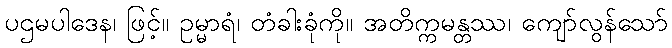
ပဌမပါဒေန၊ ဖြင့်။ ဥမ္မာရံ၊ တံခါးခုံကို။ အတိက္ကမန္တဿ၊ ကျော်လွန်သော်